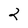
Character: 2